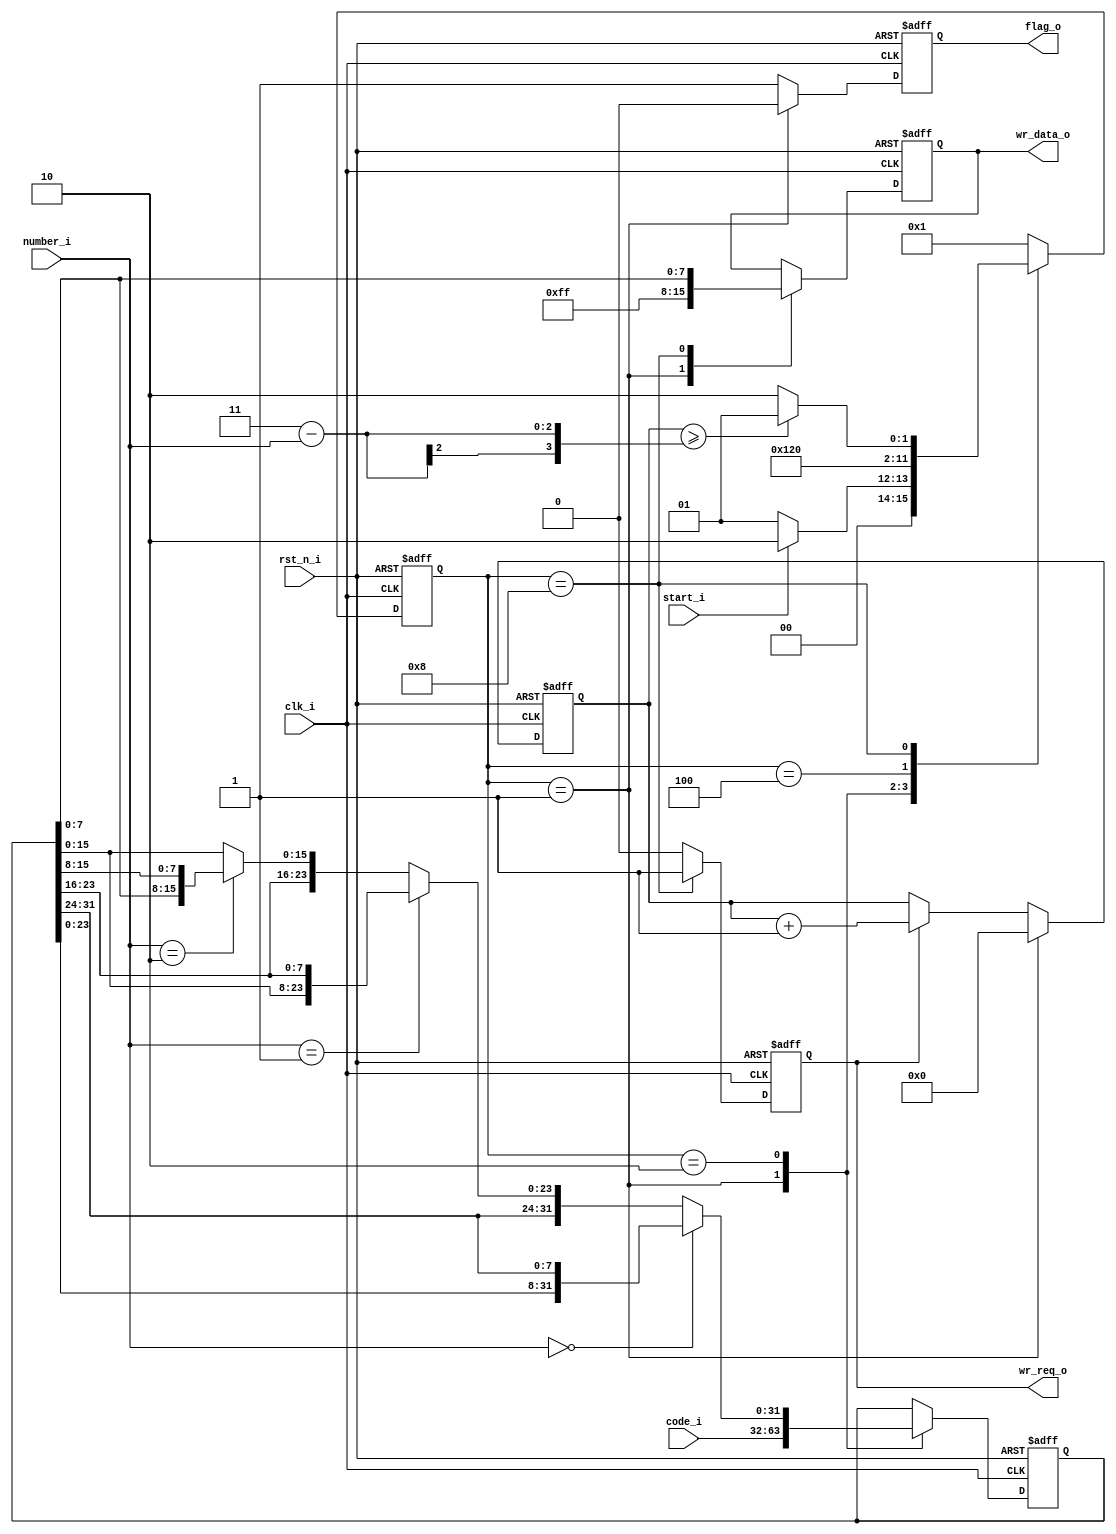
/****************************************************************************
* History:																	*
*   2017.09.14 setup														*
*   2020.07.27 add comments and change the interface name					*
*   2023.07.27 added frame header 1 byte mode								*
* Description:																*
*   frame head insert logic.												*
*****************************************************************************/
module head_insert (
	input clk_i,						//main clock
	input rst_n_i,						//main reset
	input start_i,						//detect insert head signal
	input[1:0]number_i,					//synchronous code num,0:4byte ~ 3:1byte
	input[31:0]code_i,					//synchronous code
	output reg[7:0]wr_data_o,			//output frame head data
	output reg wr_req_o,				//output frame head wirte signal
	output reg flag_o					//output frame head wirte signal flag
);
//---------------reg control--------------
reg[3:0]state;	//state run
reg[31:0]shift;	//used to cache synchronization codes
reg[3:0]count;	//byte count
//----insert frame head state machine-----
localparam s_idle		 = 4'b0001;
localparam s_process	 = 4'b0010;
localparam s_delay		 = 4'b0100;
localparam s_data		 = 4'b1000;
//--------main state machine run----------
always@(posedge clk_i or negedge rst_n_i) begin
	if(~rst_n_i) state <= s_idle;
	else case(state)
		s_idle:			begin if(start_i) state <= s_process;
							  else state <= s_idle; end							//detect flag start
		s_process:		begin state <= s_delay; end								//data process
		s_delay:		begin state <= s_data;  end
		s_data:			begin if(count >= 4'b0011 - number_i) state <= s_idle;	//send data 
							  else state <= s_process; end
		default: begin state <= s_idle; end
	endcase
end
//-----------data process control---------
always@(posedge clk_i or negedge rst_n_i) begin
	if(~rst_n_i) shift <= 32'h0;
	else case(state)
		s_idle:begin shift <= code_i; end
		s_process: begin if(number_i == 2'b00) shift <= {shift[23:0],shift[31:24]};
						 else if(number_i == 2'b01) shift <= {shift[31:24],shift[15:0],shift[23:16]};
						 else if(number_i == 2'b10) shift <= {shift[31:16],shift[7:0],shift[15:8]};
						 else shift <= shift; end
		default: begin shift <= shift; end
	endcase
end
//----------------data send---------------
always@(posedge clk_i or negedge rst_n_i) begin
	if(~rst_n_i) wr_data_o <= 8'hff;
	else case(state)
		s_idle : begin wr_data_o <= 8'hff; end
		s_data : begin wr_data_o <= shift[7:0]; end
		default: begin wr_data_o <= wr_data_o; end
	endcase
end
//----------data write signal send--------
always@(posedge clk_i or negedge rst_n_i) begin
	if(~rst_n_i) wr_req_o <= 1'b0;
	else case(state)
		s_data : begin wr_req_o <= 1'b1; end
		default: begin wr_req_o <= 1'b0; end
	endcase
end
//------------write signal count----------
always@(posedge clk_i or negedge rst_n_i) begin
	if(~rst_n_i) count <= 4'b0000;
	else case(state)
		s_idle : begin count <= 4'b0000; end
		default: begin if(wr_req_o) count <= count + 1'b1;
					   else count <= count; end
	endcase
end
//----------write frame head flag---------
always@(posedge clk_i or negedge rst_n_i) begin
	if(~rst_n_i) flag_o <= 1'b0;
	else case(state)
		s_idle : begin flag_o <= 1'b0; end
		default: begin flag_o <= 1'b1; end
	endcase
end
endmodule